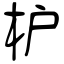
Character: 枦